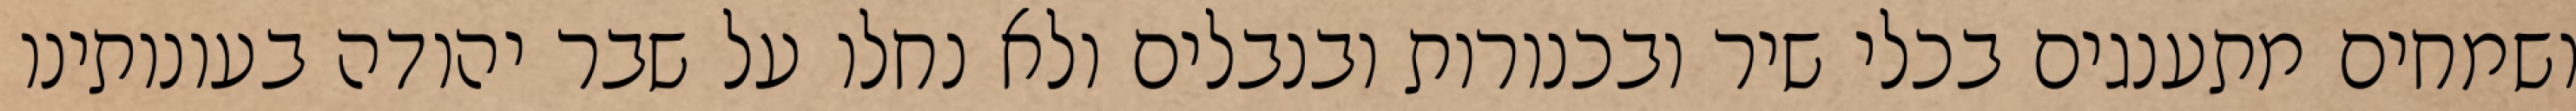
ושמחים מתענגים בכלי שיר ובכנורות ובנבלים ולא נחלו על שבר יהודה בעונותינו